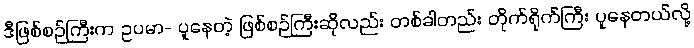
ဒီဖြစ်စဉ်ကြီးက ဥပမာ- ပူနေတဲ့ ဖြစ်စဉ်ကြီးဆိုလည်း တစ်ခါတည်း တိုက်ရိုက်ကြီး ပူနေတယ်လို့